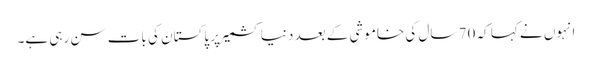
انہوں نے کہا کہ 70 سال کی خاموشی کے بعد دنیا کشمیر پر پاکستان کی بات سن رہی ہے۔